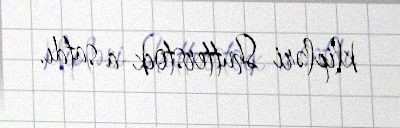
klipləri Shutterstock-a satdı.